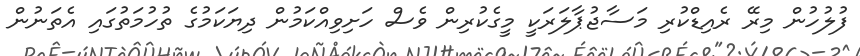
ފުލުހުން މިރޭ ރެއިޑްކުރި މަސާޖުޕާލަރަކީ މީގެކުރިން ވެސް ހަށިވިއްކަމުން ދިޔަކަމުގެ ތުހުމަތުގައި އެތަނުން